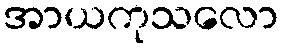
အာယကုသလော